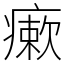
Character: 瘶